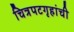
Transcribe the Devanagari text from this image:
चित्रपटगृहांची